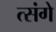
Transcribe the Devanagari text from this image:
त्संगे